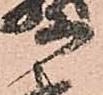
等